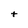
Character: t